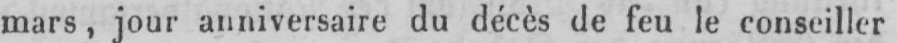
mars, jour anniversaire du décès de feu le conseiller